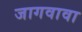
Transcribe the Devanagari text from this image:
जागवावा